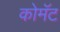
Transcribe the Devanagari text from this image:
कोमॅट